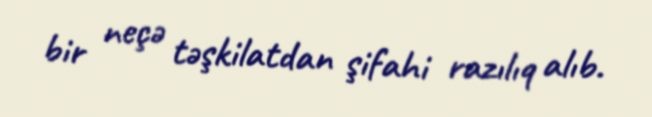
bir neçə təşkilatdan şifahi razılıq alıb.